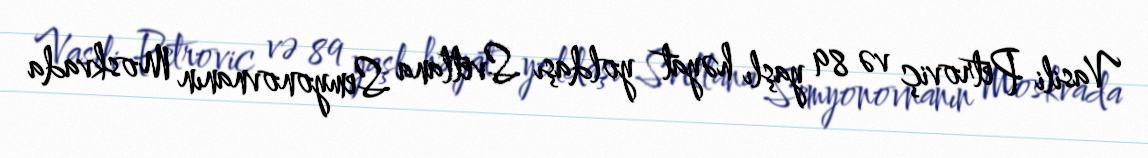
Vasili Petroviç və 89 yaşlı həyat yoldaşı Svetlana Semyonovnanın Moskvada